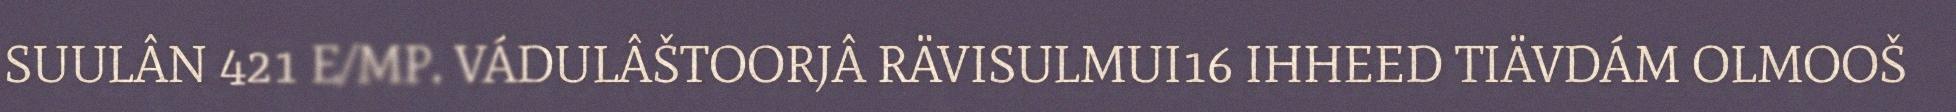
SUULÂN 421 E/MP. VÁDULÂŠTOORJÂ RÄVISULMUI16 IHHEED TIÄVDÁM OLMOOŠ